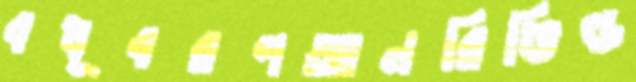
বধূবরণআনরিভিল্ড